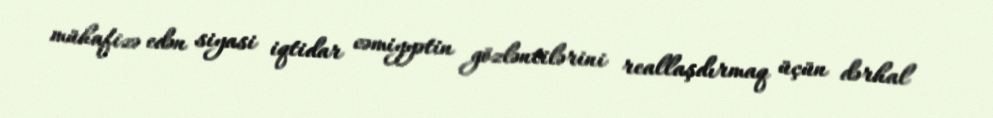
mühafizə edən siyasi iqtidar cəmiyyətin gözləntilərini reallaşdırmaq üçün dərhal